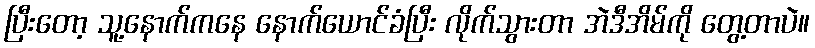
ပြီးတော့ သူ့နောက်ကနေ နောက်ယောင်ခံပြီး လိုက်သွားတာ အဲဒီအိမ်ကို တွေ့တာပဲ။